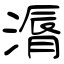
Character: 漘